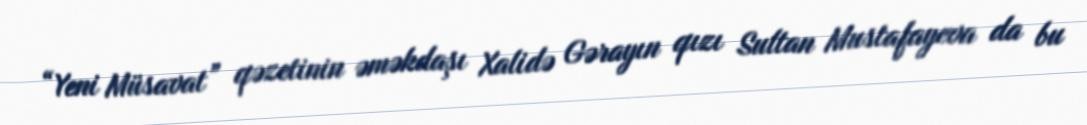
“Yeni Müsavat” qəzetinin əməkdaşı Xalidə Gərayın qızı Sultan Mustafayeva da bu